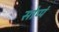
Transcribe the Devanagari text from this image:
सोप्पं